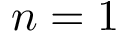
n = 1